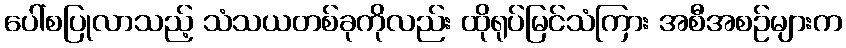
ပေါ်စပြုလာသည့် သံသယတစ်ခုကိုလည်း ထိုရုပ်မြင်သံကြား အစီအစဉ်များက